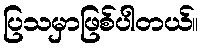
ပြသမှာဖြစ်ပါတယ်။